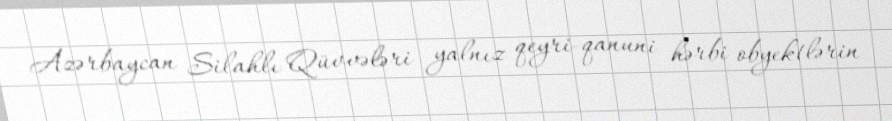
Azərbaycan Silahlı Qüvvələri yalnız qeyri-qanuni hərbi obyektlərin